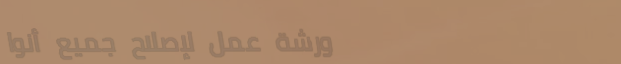
ورشة عمل لإصلاح جميع أنوا